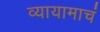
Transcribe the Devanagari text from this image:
व्यायामाचं